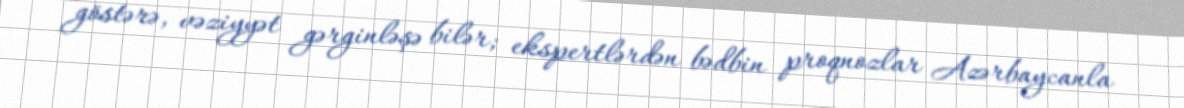
göstərə, vəziyyət gərginləşə bilər; ekspertlərdən bədbin proqnozlar Azərbaycanla